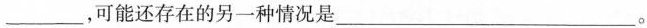
___，可能还存在的另一种情况是___。